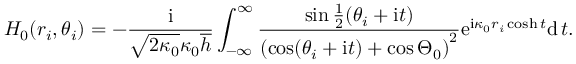
H _ { 0 } ( r _ { i } , \theta _ { i } ) = - \frac { \mathrm { i } } { \sqrt { 2 \kappa _ { 0 } } \kappa _ { 0 } \overline { { h } } } \int _ { - \infty } ^ { \infty } \frac { \sin \frac { 1 } { 2 } ( \theta _ { i } + \mathrm { i } t ) } { \left( \cos ( \theta _ { i } + \mathrm { i } t ) + \cos \Theta _ { 0 } \right) ^ { 2 } } \mathrm { e } ^ { \mathrm { i } \kappa _ { 0 } r _ { i } \cosh t } \mathrm { d } \, t .